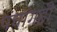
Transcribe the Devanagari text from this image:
पंचांगही